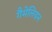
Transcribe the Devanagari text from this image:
गैमेलियन